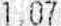
1.07